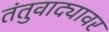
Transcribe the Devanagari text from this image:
तंतुवाद्यावर